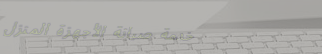
خدمة صيانة الأجهزة المنزل